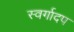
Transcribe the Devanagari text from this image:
स्वर्गादप